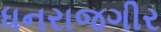
ધનરાજગીર